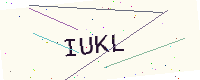
Text: IUKL